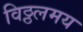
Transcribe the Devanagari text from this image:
विठ्ठलमय